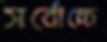
সর্বোচ্চে